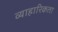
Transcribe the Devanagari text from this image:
व्याहारिकता